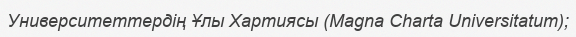
Университеттердің Ұлы Хартиясы (Magna Charta Universitatum);